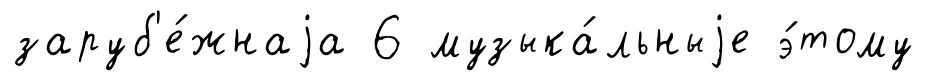
заруб'е́жнаjа 6 музыка́льныjе э́тому